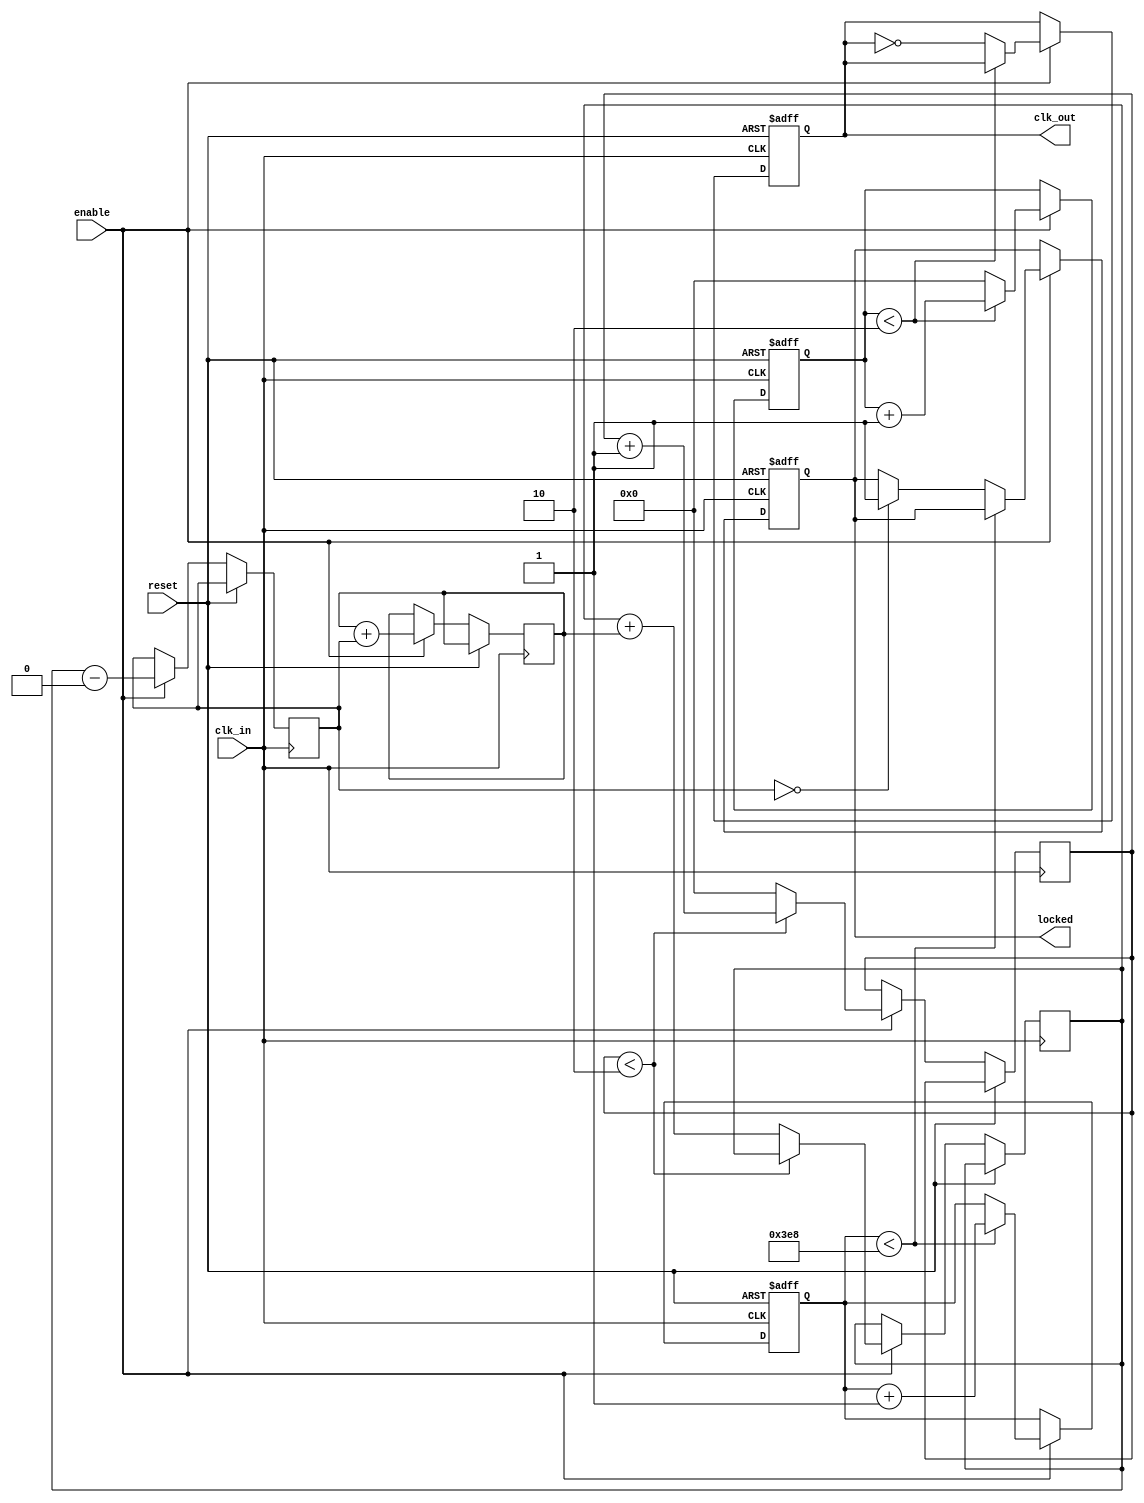
module parameterized_PLL #(
    parameter INPUT_FREQ = 50_000_000,  // Input clock frequency in Hz
    parameter OUTPUT_FREQ = 25_000_000,  // Desired output clock frequency in Hz
    parameter PHASE_OFFSET = 0,           // Phase offset in degrees
    parameter LOCK_TIME = 1000,           // Lock time in clock cycles
    parameter NUM_STAGES = 4               // Number of stages in the feedback loop
)(
    input wire clk_in,                    // Input clock signal
    input wire reset,                     // Asynchronous reset signal
    input wire enable,                    // Enable signal for PLL operation
    output reg clk_out,                   // Output clock signal
    output reg locked                     // PLL locked status signal
);

    // Internal signals
    reg [31:0] phase_accumulator;         // Phase accumulator
    reg [31:0] frequency_divider;         // Frequency divider counter
    reg [31:0] phase_error;               // Phase error signal
    reg [31:0] control_voltage;            // Control voltage for VCO
    reg [31:0] vco_counter;                // VCO counter for generating output clock
    reg [31:0] lock_counter;               // Lock counter for lock time

    // VCO output generation
    always @(posedge clk_in or posedge reset) begin
        if (reset) begin
            vco_counter <= 0;
            clk_out <= 0;
            locked <= 0;
            lock_counter <= 0;
        end else if (enable) begin
            // VCO operation based on control voltage
            if (vco_counter < (INPUT_FREQ / OUTPUT_FREQ)) begin
                vco_counter <= vco_counter + 1;
            end else begin
                clk_out <= ~clk_out; // Toggle output clock
                vco_counter <= 0;
            end

            // Phase detection and error calculation
            phase_error <= phase_accumulator - (PHASE_OFFSET * (INPUT_FREQ / OUTPUT_FREQ));

            // Loop filter (simple proportional control)
            control_voltage <= control_voltage + phase_error;

            // Frequency division
            if (frequency_divider < (INPUT_FREQ / OUTPUT_FREQ)) begin
                frequency_divider <= frequency_divider + 1;
            end else begin
                frequency_divider <= 0;
                phase_accumulator <= phase_accumulator + control_voltage; // Update phase accumulator
            end

            // Locking mechanism
            if (lock_counter < LOCK_TIME) begin
                lock_counter <= lock_counter + 1;
            end else if (phase_error == 0) begin
                locked <= 1; // PLL is locked
            end
        end
    end

endmodule